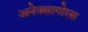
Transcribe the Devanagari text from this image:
अनेक्सागोरस